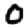
Digit: 0